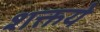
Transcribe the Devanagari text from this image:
शक्तये